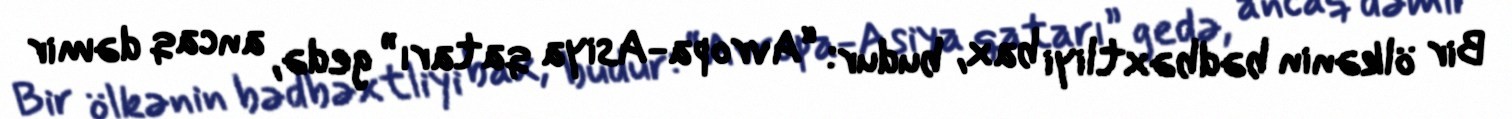
Bir ölkənin bədbəxtliyi bax, budur: “Avropa-Asiya qatarı” gedə, ancaq dəmir